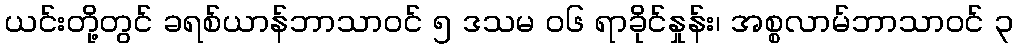
ယင်းတို့တွင် ခရစ်ယာန်ဘာသာဝင် ၅ ဒသမ ၀၆ ရာခိုင်နှုန်း၊ အစ္စလာမ်ဘာသာဝင် ၃